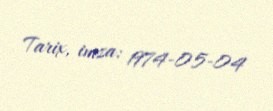
Tarix, imza: 1974-05-04